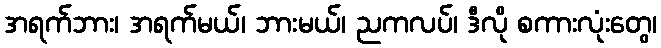
အရက်ဘား၊ အရက်မယ်၊ ဘားမယ်၊ ညကလပ်၊ ဒီလို စကားလုံးတွေ၊